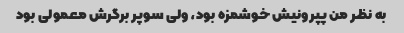
به نظر من پپرونیش خوشمزه بود، ولی سوپر برگرش معمولی بود